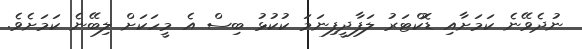
ނުދެވޭނެ ކަމަށާއި ޑޮކްޓަރު ލަފާދީފިނަމަ ކުކުޅު ބިސް އެ މީހަކަށް ލިބޭނެ ކަމަށެވެ.